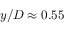
y / D \approx 0 . 5 5